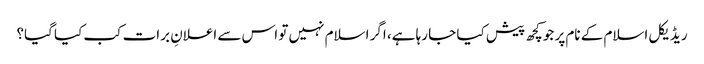
ریڈیکل اسلام کے نام پر جو کچھ پیش کیا جا رہا ہے، اگر اسلام نہیں تو اس سے اعلانِ برات کب کیا گیا؟